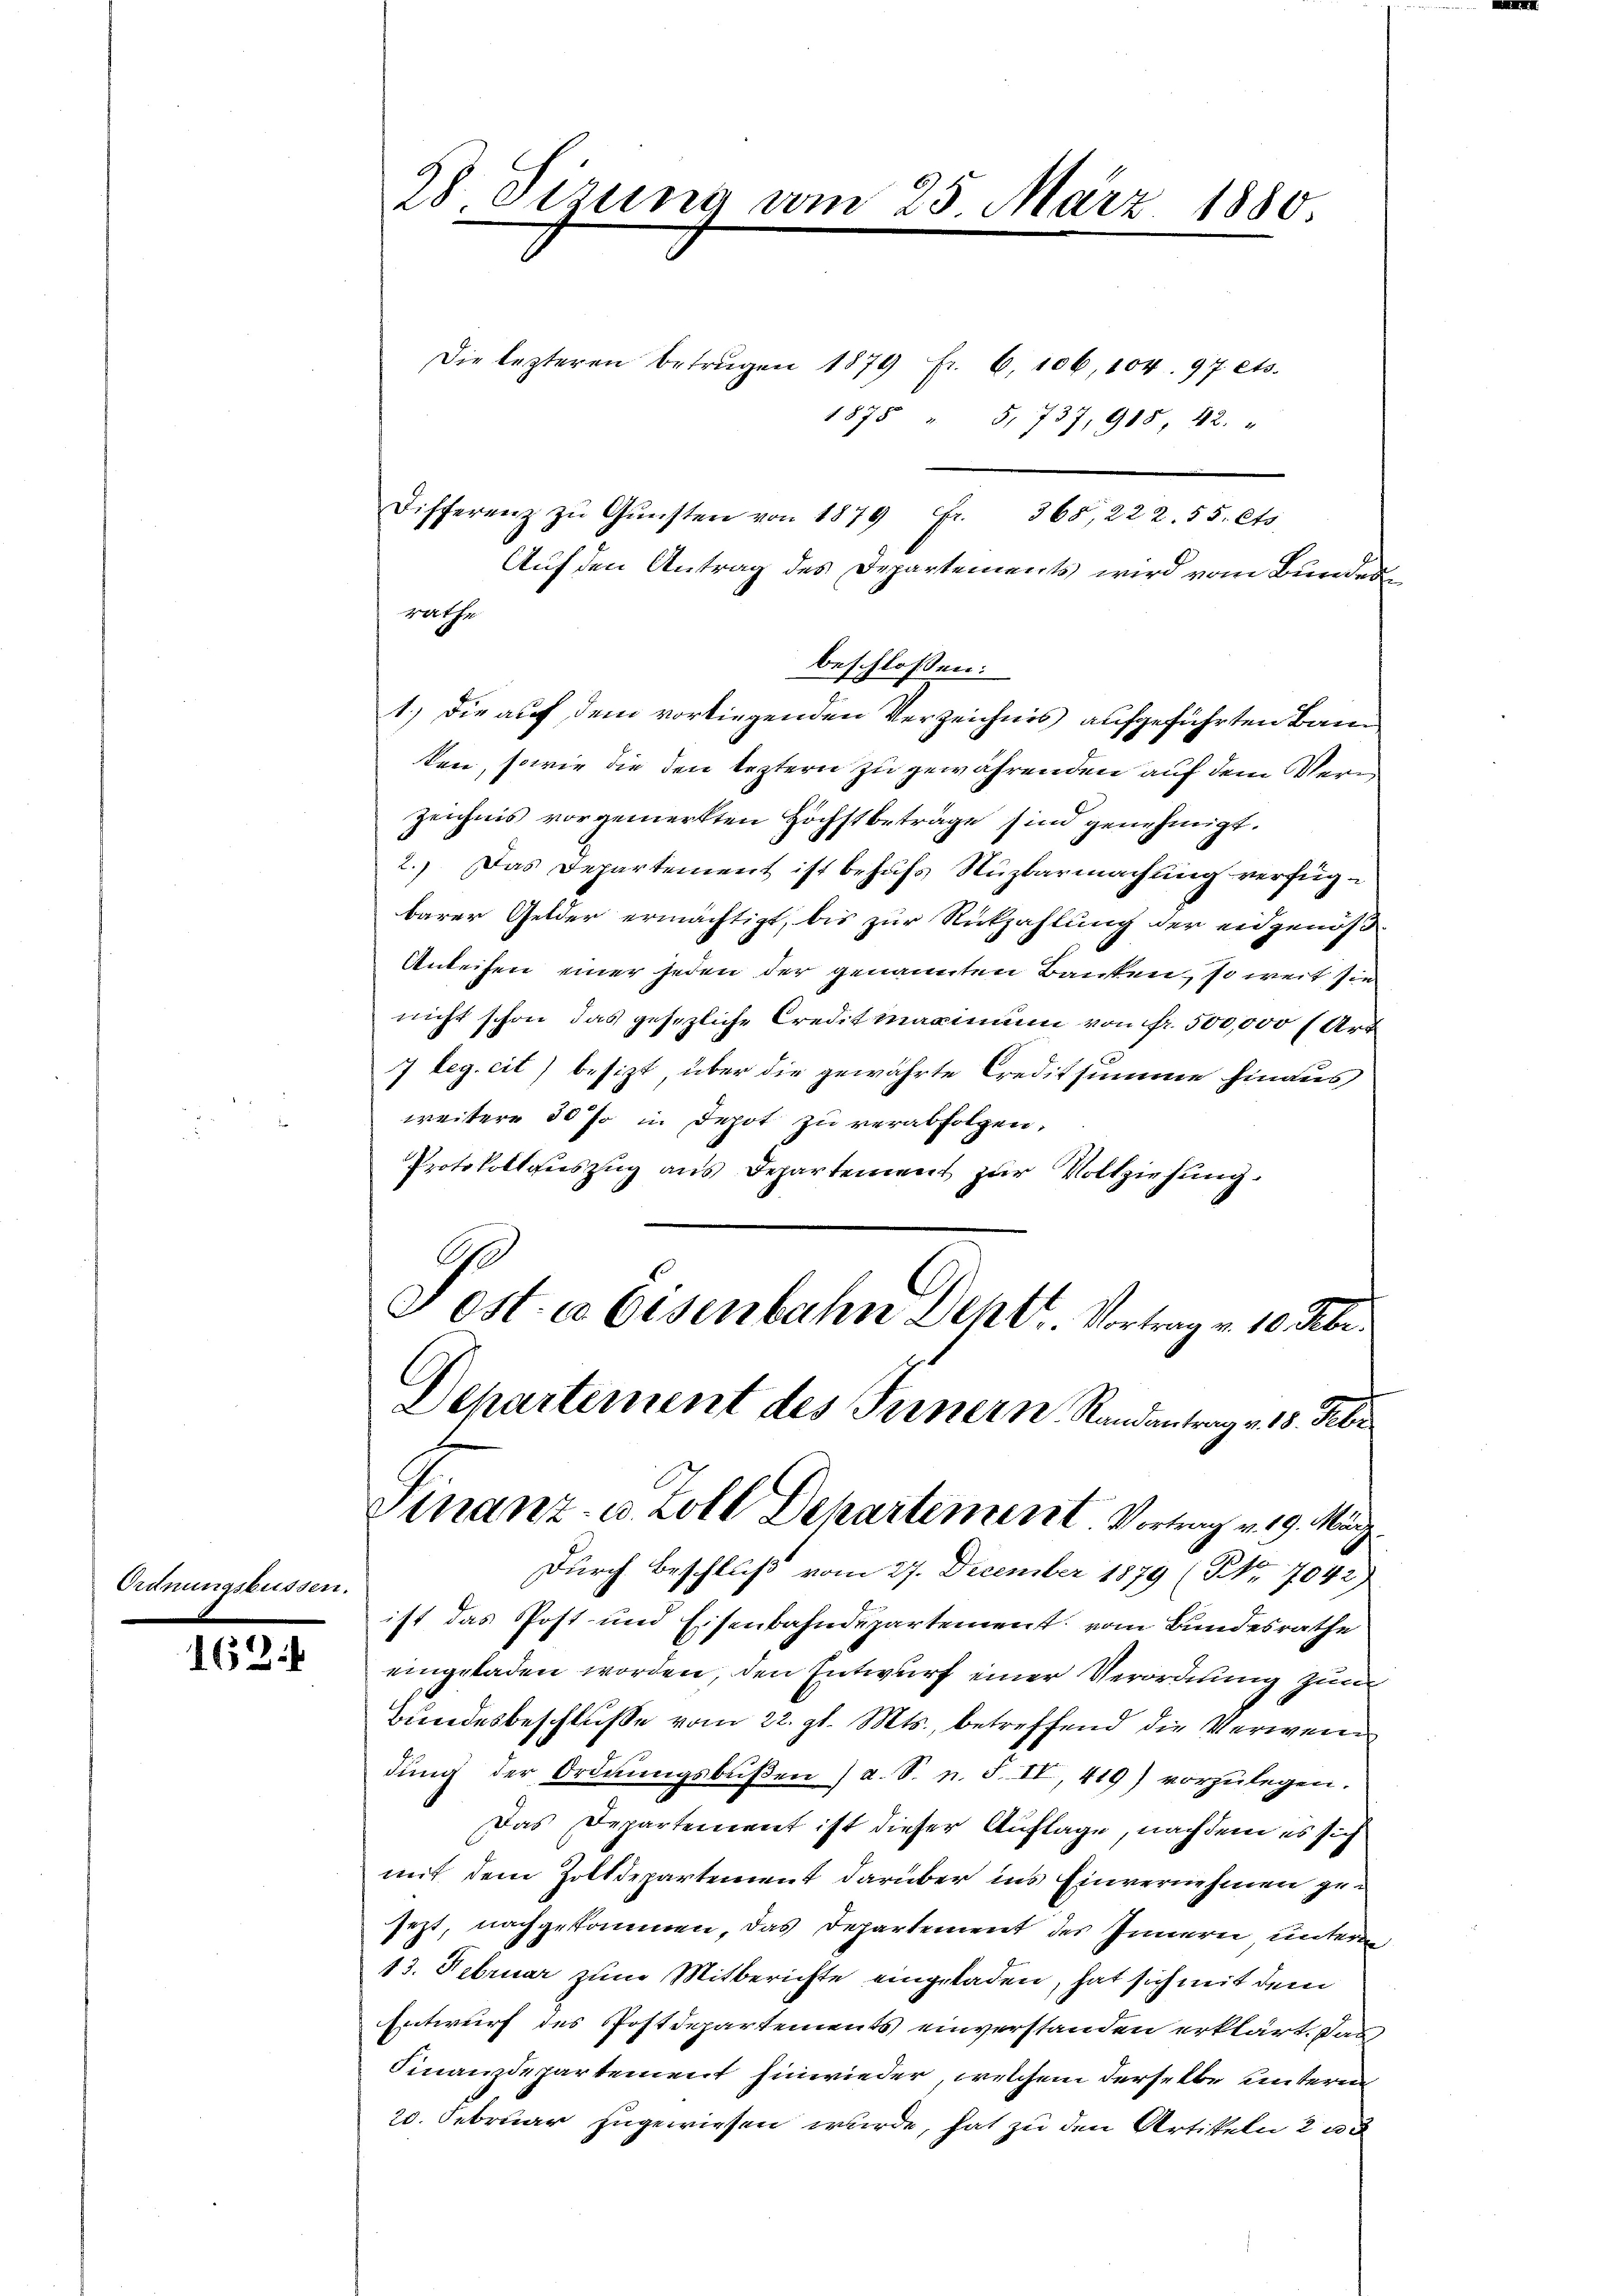
Ordnungsbussen.
.

162.

28 Sizung vom 25. März 1880

Die lezteren Betragen 1879 Fr. 6. 106, 104. 97 ets.
1875 " 5, 737, 918, 42. "
Differenz zŭ Gŭnsten von 1879 Fr. 365, 222. 55. Cts.
Auf den Antrag des Departements wird vom Bunden
Hatte
beschlossen:
1.) Die auf dem vorliegenden Verzeichnis aufgeführten Bauken, sowie die den leztern zu gewährenden auf dem Verzeichnis vorgemerkten Höchstbeträge sind genehmigt.
2.) Das Departement ist behufs Nuzbarmachung verfüg-
barer Gelder ermächtigt, bis zur Rückzahlung der eidgenöß¬
Anleihen einer jeden der genannten Banken, so weit sie
nicht schon das gesezliche Credit maginium von Fr. 500,000 f Art
7 leg. cit) besizt über die gewährte Creditsumme hinaus
weitere 30 Jo in Depot zu verabfolgen.
Protokollauszug aus Departement zŭr Vollziehung.
Post. a Eisenbahn Dehtr. Vortrag v. 10. Febr.
Departement des Fernern Randantrag v. 18. Febr.
Finanz- u. Zoll Departement Vortrag v. 19. März.
Durch Beschluß vom 27. December 1879 (Nr. 7042)
ist das Post- und Eisenbahndepartement vom Bundesrathe
eingeladen worden, den Entwurf einer Verordnung zum
Bundesbeschlusse vom 22. gl. Mts., betreffend die Verwein
dŭng der Ordnŭngsbŭβen (a. S. n. F. II, 419) vorzŭlegen.
Das Departement ist dieser Auflage, nachdem es sich
mit dem Zolldepartement darüber ins Einvernehmen gejezt, nachgekommen, das Departement des Innern untere
13. Februar zum Mitberichte eingeladen, hat sich mit dem
Entwurf des Postdepartements einverstanden erklärt. Das
Finanzdepartement hinwieder, welchem derselbe unterm
20. Februar zugewiesen wurde, hat zu den Artikeln 2 au